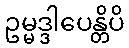
ဥမ္မဒ္ဒါပေန္တိပိ